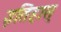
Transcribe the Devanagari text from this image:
इतिहास्